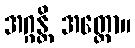
အဂ္ဂန္တိ အတ္ထော။